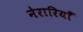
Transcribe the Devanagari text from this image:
नेरारियाँ